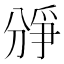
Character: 𪟐